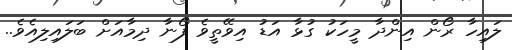
ލައިހާ ރޯން އިންދާ މީހަކު ގުޅާ އަޑު އިވޭތީވެ ފޯނާ ދިމާއަށް ބަލައިލިއެވެ..